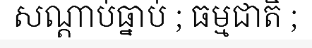
សណ្តាប់ធ្នាប់ ; ធម្មជាតិ ;